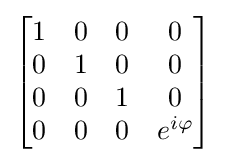
{\begin{bmatrix}1&0&0&0\\0&1&0&0\\0&0&1&0\\0&0&0&e^{i\varphi }\end{bmatrix}}